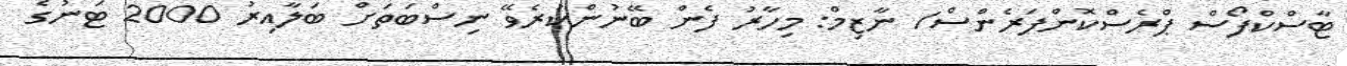
ޓާސްކްފޯސް ޕްރެސްކޮންފަރެންސް/ ނާޒިމް: މިހާރު ފެން ބޭނުންކުރެވޭ ނިސްބަތަށް ބަލާއިރު 2000 ޓަނުގެ